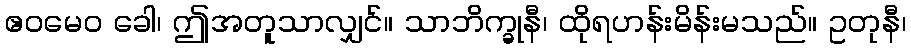
ဧဝမေဝ ခေါ၊ ဤအတူသာလျှင်။ သာဘိက္ခုနီ၊ ထိုရဟန်းမိန်းမသည်။ ဥတုနီ၊